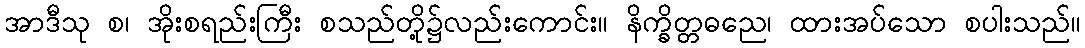
အာဒီသု စ၊ အိုးစရည်းကြီး စသည်တို့၌လည်းကောင်း။ နိက္ခိတ္တဓညေ၊ ထားအပ်သော စပါးသည်။